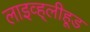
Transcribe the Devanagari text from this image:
लाइव्ह्‌लीहूड